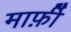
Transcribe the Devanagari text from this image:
मार्फ़ी